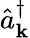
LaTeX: \hat{a}_{\mathbf k}^{\dagger}